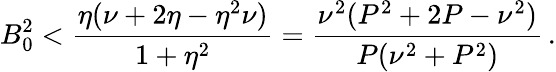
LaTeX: B_{0}^{2}<\frac{\eta(\nu+2\eta-\eta^{2}\nu)}{1+\eta^{2}}=\frac{\nu^{2}(P^{2}+2P-\nu^{2})}{P(\nu^{2}+P^{2})}\, .